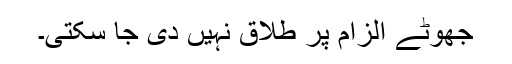
جھوٹے الزام پر طلاق نہیں دی جا سکتی۔